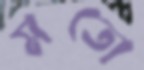
মতো